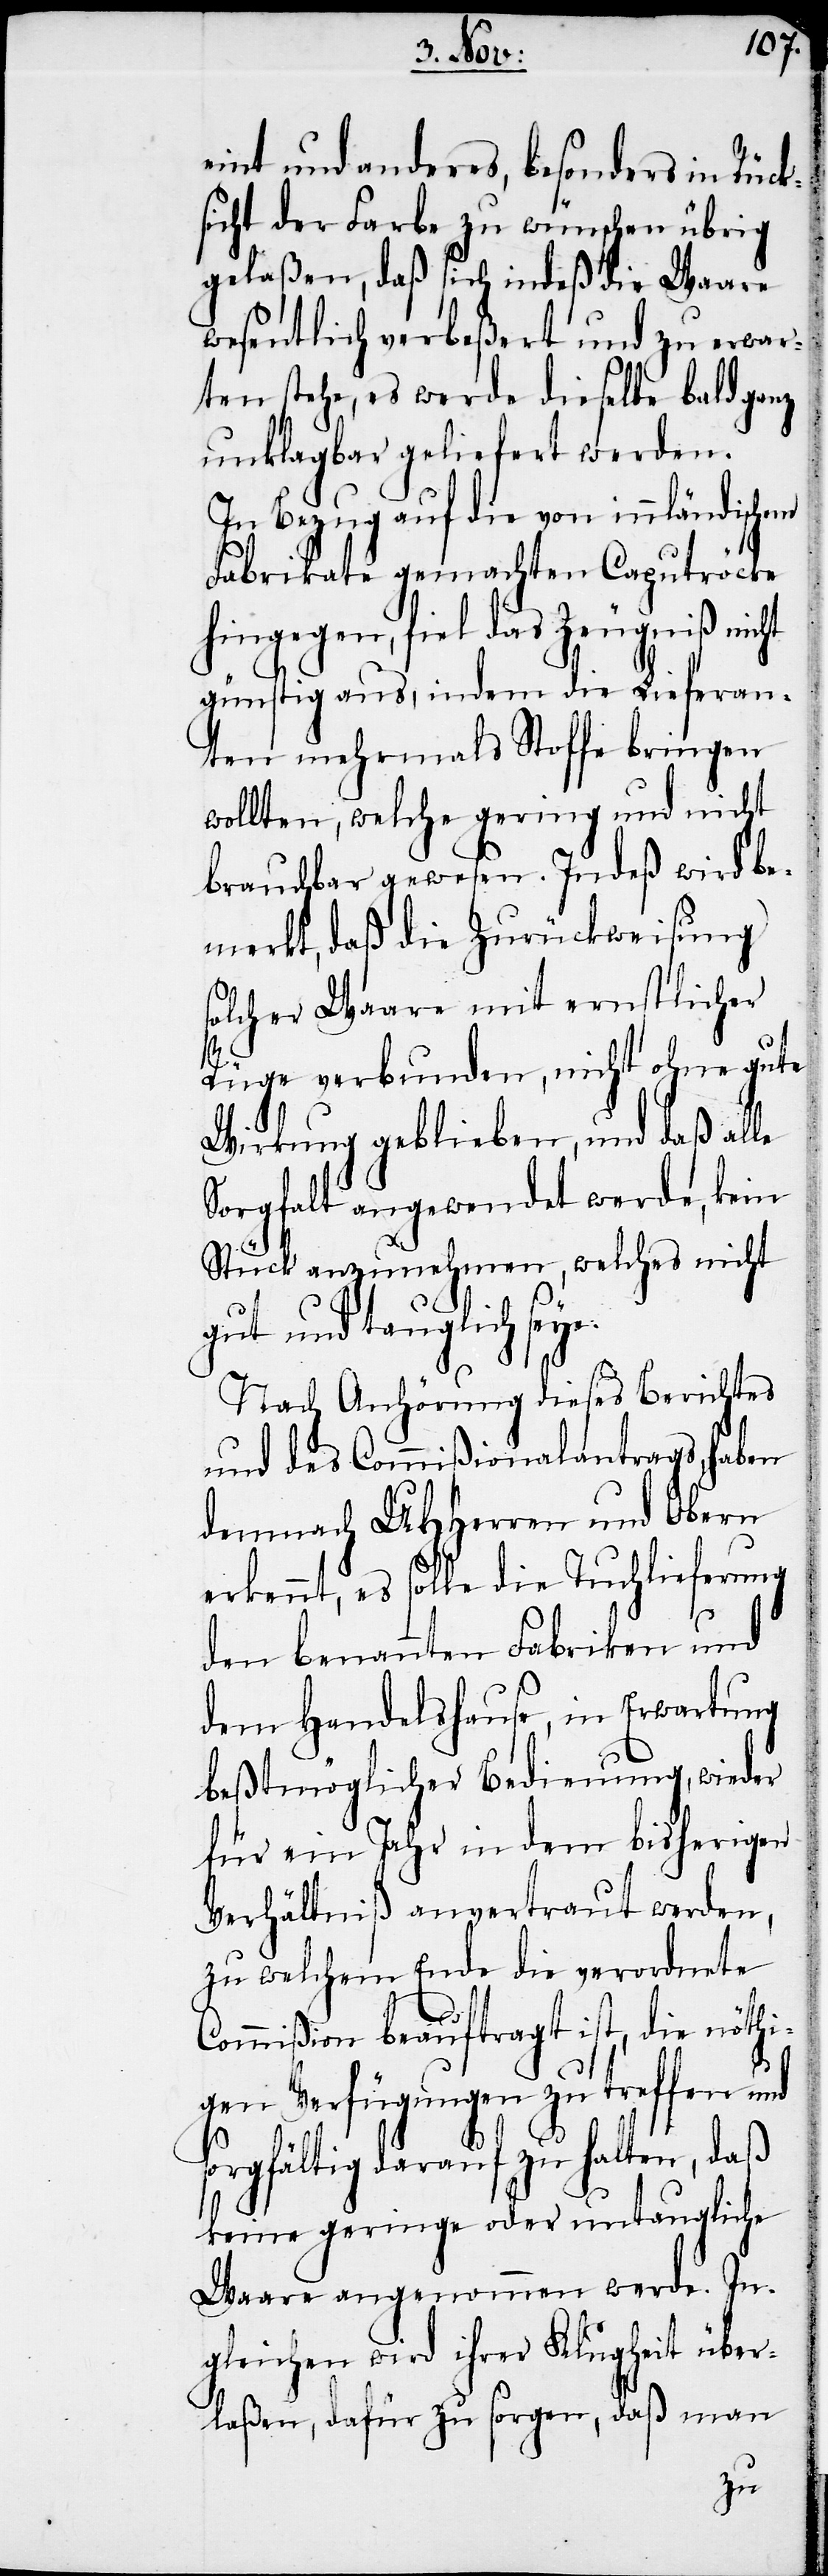
eint und anderes, besonders in Rück¬
sicht der Farbe zu wünschen übrig
gelaßen, daß sich indeß die Waare
wesentlich verbeßert und zu erwar¬
ten stehe, es werde dieselbe bald ganz
unklagbar geliefert werden.
In Bezug auf die von innländischem
Fabrikate gemachten Caputröcke
hingegen, fiel das Zeugniß nicht
günstig aus, indem die Lieferan¬
ten mehrmals Stoffe bringen
wollten, welche gering und nicht
brauchbar gewesen. Indeß wird be¬
merkt, daß die Zurückweisung
solcher Waare mit ernstlicher
Rüge verbunden, nicht ohne gute
Wirkung geblieben, und daß alle
Sorgfalt angewendet werde, kein
Stück anzunehmen, welches nicht
gut und tauglich seye.
Nach Anhörung dieses Berichtes
und des Commißionalantrags, haben
demnach UHHerren und Obern
erkennt, es solle die Tuchlieferung
den benannten Fabriken und
dem Handelshause, in Erwartung
beßtmöglicher Bedienung, wieder
für ein Jahr in dem bisherigen
Verhältniß anvertraut werden,
zu welchem Ende die verordnete
Commißion beauftragt ist, die nöthi¬
gen Verfügungen zu treffen und
sorgfältig darauf zu halten, das
keine geringe oder untaugliche
Waare angenommen werde. In¬
gleichen wird ihrer Klugheit über¬
laßen, dafür zu sorgen, daß man